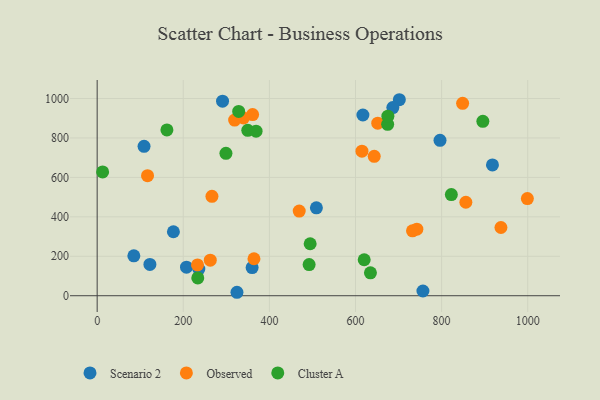
{"axis": {"x": "Distance", "y": "Salary"}, "legend": ["Cluster A", "Observed", "Scenario 2"], "data": [{"x": "85.2", "y": 202.1, "type": "Scenario 2"}, {"x": "122.5", "y": 158.8, "type": "Scenario 2"}, {"x": "324.7", "y": 17.5, "type": "Scenario 2"}, {"x": "359.9", "y": 142.8, "type": "Scenario 2"}, {"x": "207.5", "y": 144.6, "type": "Scenario 2"}, {"x": "177.1", "y": 324.3, "type": "Scenario 2"}, {"x": "701.8", "y": 993.9, "type": "Scenario 2"}, {"x": "756.6", "y": 23.9, "type": "Scenario 2"}, {"x": "108.9", "y": 757.7, "type": "Scenario 2"}, {"x": "796.3", "y": 788.0, "type": "Scenario 2"}, {"x": "617.2", "y": 916.4, "type": "Scenario 2"}, {"x": "918.1", "y": 663.1, "type": "Scenario 2"}, {"x": "236.1", "y": 135.2, "type": "Scenario 2"}, {"x": "686.7", "y": 954.0, "type": "Scenario 2"}, {"x": "509.2", "y": 445.5, "type": "Scenario 2"}, {"x": "291.2", "y": 986.6, "type": "Scenario 2"}, {"x": "361.0", "y": 918.4, "type": "Observed"}, {"x": "856.3", "y": 474.1, "type": "Observed"}, {"x": "651.7", "y": 875.1, "type": "Observed"}, {"x": "848.8", "y": 975.6, "type": "Observed"}, {"x": "643.5", "y": 706.7, "type": "Observed"}, {"x": "262.7", "y": 180.2, "type": "Observed"}, {"x": "615.0", "y": 732.9, "type": "Observed"}, {"x": "233.1", "y": 156.2, "type": "Observed"}, {"x": "469.3", "y": 429.4, "type": "Observed"}, {"x": "117.0", "y": 609.0, "type": "Observed"}, {"x": "364.2", "y": 187.4, "type": "Observed"}, {"x": "339.9", "y": 901.2, "type": "Observed"}, {"x": "319.3", "y": 890.8, "type": "Observed"}, {"x": "266.6", "y": 504.3, "type": "Observed"}, {"x": "937.8", "y": 345.9, "type": "Observed"}, {"x": "999.2", "y": 492.8, "type": "Observed"}, {"x": "742.5", "y": 337.7, "type": "Observed"}, {"x": "732.4", "y": 329.1, "type": "Observed"}, {"x": "822.6", "y": 513.0, "type": "Cluster A"}, {"x": "162.0", "y": 840.8, "type": "Cluster A"}, {"x": "492.3", "y": 157.9, "type": "Cluster A"}, {"x": "349.8", "y": 838.5, "type": "Cluster A"}, {"x": "369.1", "y": 834.2, "type": "Cluster A"}, {"x": "12.7", "y": 628.0, "type": "Cluster A"}, {"x": "620.2", "y": 182.4, "type": "Cluster A"}, {"x": "299.1", "y": 722.1, "type": "Cluster A"}, {"x": "634.7", "y": 116.1, "type": "Cluster A"}, {"x": "328.7", "y": 934.4, "type": "Cluster A"}, {"x": "494.7", "y": 263.5, "type": "Cluster A"}, {"x": "674.7", "y": 869.2, "type": "Cluster A"}, {"x": "675.2", "y": 910.4, "type": "Cluster A"}, {"x": "895.8", "y": 884.4, "type": "Cluster A"}, {"x": "233.7", "y": 90.3, "type": "Cluster A"}]}